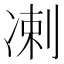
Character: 𫥑